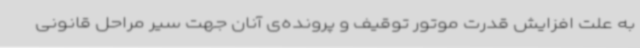
به علت افزایش قدرت موتور توقیف و پرونده‌ی آنان جهت سیر مراحل قانونی